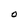
Character: O